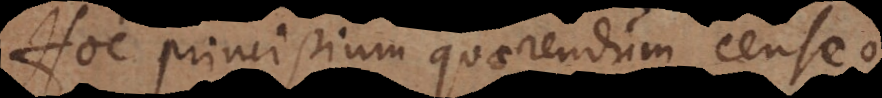
Hoc principium quaerendum censeo